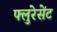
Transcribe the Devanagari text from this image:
फ्लुरेसेंट